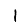
Digit: 1